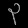
Digit: ၃